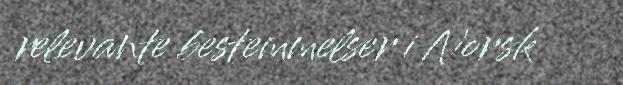
relevante bestemmelser i Norsk